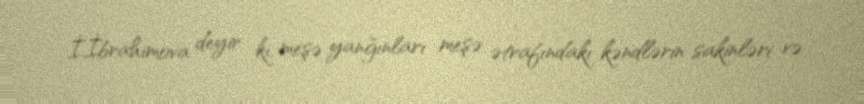
İ.İbrahimova deyir ki, meşə yanğınları meşə ətrafındakı kəndlərin sakinləri və